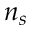
n _ { s }